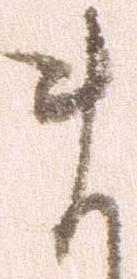
ま